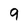
Character: 9